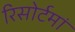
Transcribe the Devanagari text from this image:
रिसोर्टमां